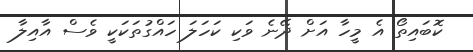
ކޮބައިތޯ އެ މީހާ އަށް ދޭނެ ވަކި ކަހަލަ ހައްގުތަކަކީ ވެސް އާއިލާ